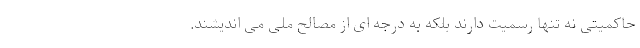
حاکمیتی نه تنها رسمیت دارند بلکه به درجه­ ای از مصالح ملی می­ اندیشند.